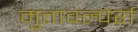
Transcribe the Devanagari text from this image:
मुत्तावल्पेर्रा